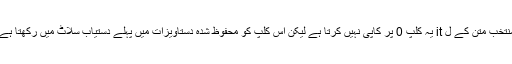
منتخب متن کے ل it یہ کلپ 0 پر کاپی نہیں کرتا ہے لیکن اس کلپ کو محفوظ شدہ دستاویزات میں پہلے دستیاب سلاٹ میں رکھتا ہے۔